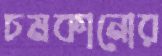
চমকানোর